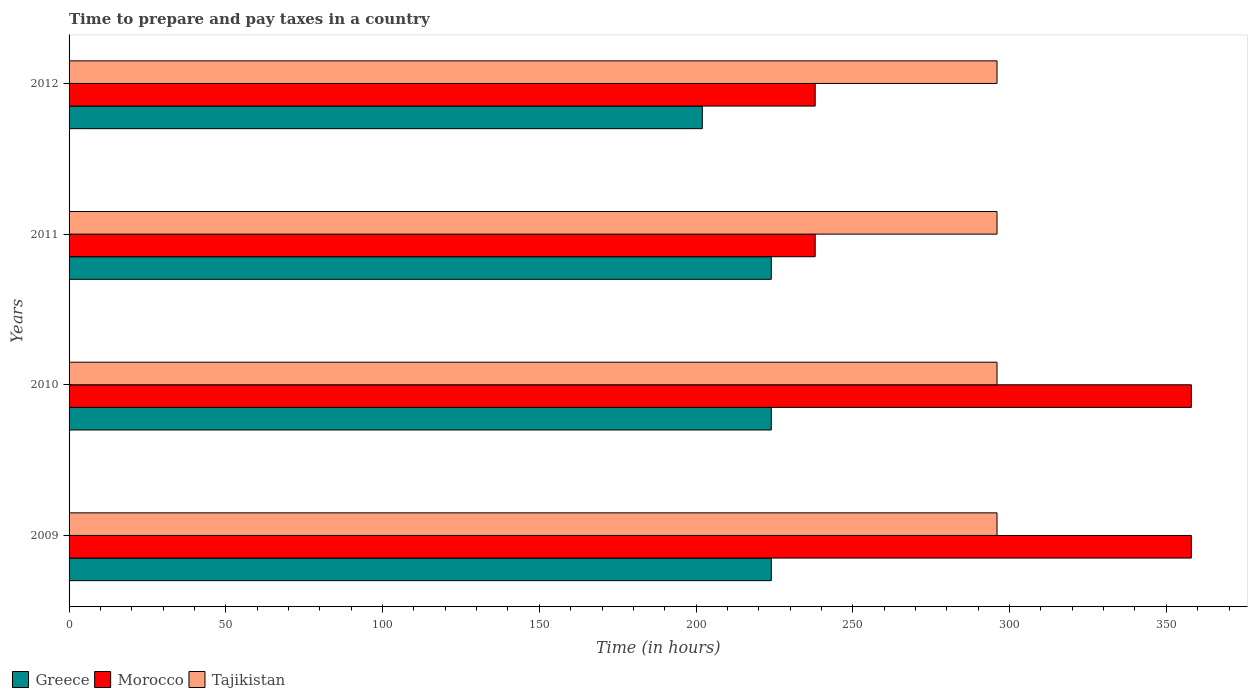
| Years | Greece | Morocco | Tajikistan |
 | --- | --- | --- | --- |
 | 2009 | 224 | 358 | 296 |
 | 2010 | 224 | 358 | 296 |
 | 2011 | 224 | 238 | 296 |
 | 2012 | 202 | 238 | 296 |